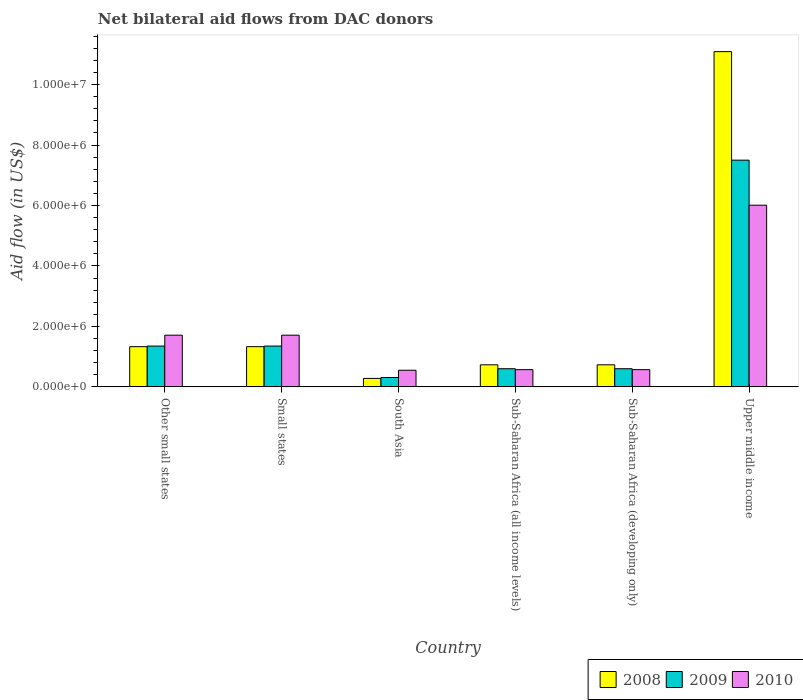
| Country | 2008 | 2009 | 2010 |
 | --- | --- | --- | --- |
 | Other small states | 1.33e+06 | 1.35e+06 | 1.71e+06 |
 | Small states | 1.33e+06 | 1.35e+06 | 1.71e+06 |
 | South Asia | 2.8e+05 | 3.1e+05 | 5.5e+05 |
 | Sub-Saharan Africa (all income levels) | 7.3e+05 | 6e+05 | 5.7e+05 |
 | Sub-Saharan Africa (developing only) | 7.3e+05 | 6e+05 | 5.7e+05 |
 | Upper middle income | 1.11e+07 | 7.5e+06 | 6.01e+06 |